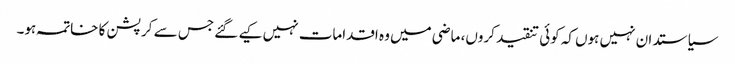
سیاستدان نہیں ہوں کہ کوئی تنقید کروں، ماضی میں وہ اقدامات نہیں کیے گئے جس سے کرپشن کا خاتمہ ہو۔